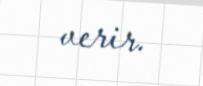
verir.